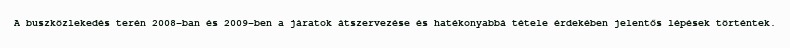
A buszközlekedés terén 2008-ban és 2009-ben a járatok átszervezése és hatékonyabbá tétele érdekében jelentős lépések történtek.